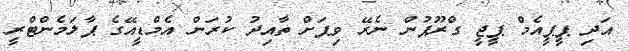
އަދި ޕީޕީއެމް ޕީޖީ ގްރޫޕުން ނެރޭ ވިޕަށް ތާއިދު ކުރަން އެމްޑީއޭގެ ޕާލަމެންޓްރީ